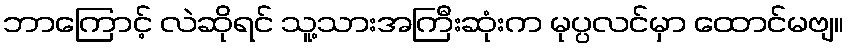
ဘာကြောင့် လဲဆိုရင် သူ့သားအကြီးဆုံးက မုပ္ပလင်မှာ ထောင်မဗျ။